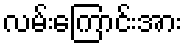
လမ်းကြောင်းအား